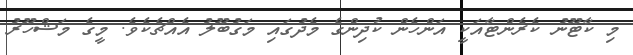
މި ކާޓޫނު ކެރެންޓާއަކީ އަންހެން ކުދިންގެ މެދުގައި މަގުބޫލު އެއްޗެކެވެ. މީގެ މަޝްހޫރު